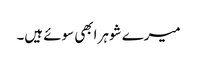
میرے شوہر ابھی سوئے ہیں۔